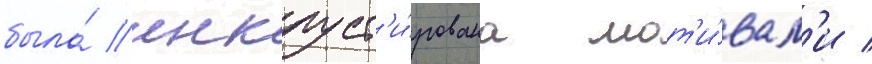
была́ инкруст'и́рована мот'и́вам'и /